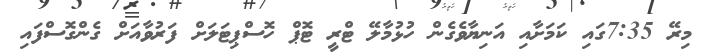
މިރޭ 7:35ގައި ކަމަށާއި އަނިޔާވެގެން ހުޅުމާލޭ ޓްރީ ޓޮޕް ހޮސްޕިޓަލަށް ފަރުވާއަށް ގެންގޮސްފައި